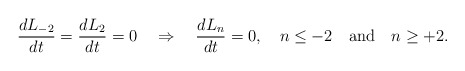
\begin{align*}\frac{dL_{-2}}{dt}=\frac{dL_{2}}{dt}=0 \quad \Rightarrow \quad\frac{dL_{n}}{dt}=0, \quad n\le -2 \quad \mbox{and} \quad n\ge +2.\end{align*}